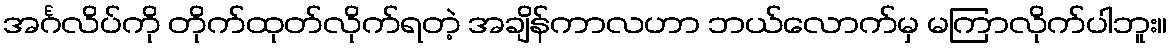
အင်္ဂလိပ်ကို တိုက်ထုတ်လိုက်ရတဲ့ အချိန်ကာလဟာ ဘယ်လောက်မှ မကြာလိုက်ပါဘူး။